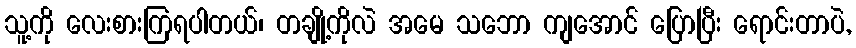
သူ့ကို လေးစားကြရပါတယ်၊ တချို့ကိုလဲ အမေ သဘော ကျအောင် ပြောပြီး ရောင်းတာပဲ,